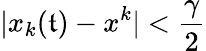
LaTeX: |x_{k}(\mathfrak{t})-x^{k}|<\frac{{\gamma}}{{2}}